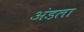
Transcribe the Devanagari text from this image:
अंडला